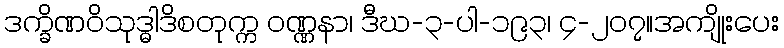
ဒက္ခိဏဝိသုဒ္ဓါဒိစတုက္က ဝဏ္ဏနာ၊ ဒီဃ-၃-ပါ-၁၉၃၊ ၄-၂၀၇။အကျိုးပေး